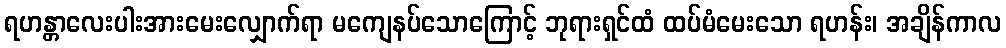
ရဟန္တာလေးပါးအားမေးလျှောက်ရာ မကျေနပ်သောကြောင့် ဘုရားရှင်ထံ ထပ်မံမေးသော ရဟန်း၊ အချိန်ကာလ